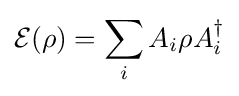
{\mathcal {E}}(\rho )=\sum _{i}A_{i}\rho A_{i}^{\dagger }